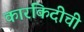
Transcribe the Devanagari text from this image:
कारकिदीची